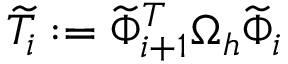
\widetilde { T } _ { i } : = \widetilde { \Phi } _ { i + 1 } ^ { T } \Omega _ { h } \widetilde { \Phi } _ { i }